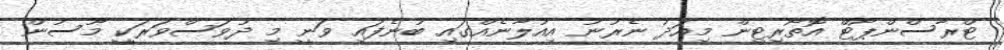
ޓްރާސްންޕޯޓް އޮތޯރިޓީން މިއަދު ނެރުނު އިއުލާނެއްގައި ބުނެފައި ވަނީ މި ދުވަސްވަރަކީ މޫސުން